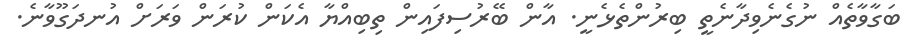
ބަގާވާތެއް ނުގެނެވިދާނެތީ ބިރުންތެޅެނީ. އާން ބޭރުސިފައިން ތިބިއްޔާ އެކަން ކުރަން ވަރަށް އުނދަގޫވާނެ.